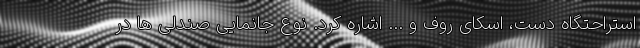
استراحتگاه دست، اسکای روف و ... اشاره کرد. نوع جانمایی صندلی ها در